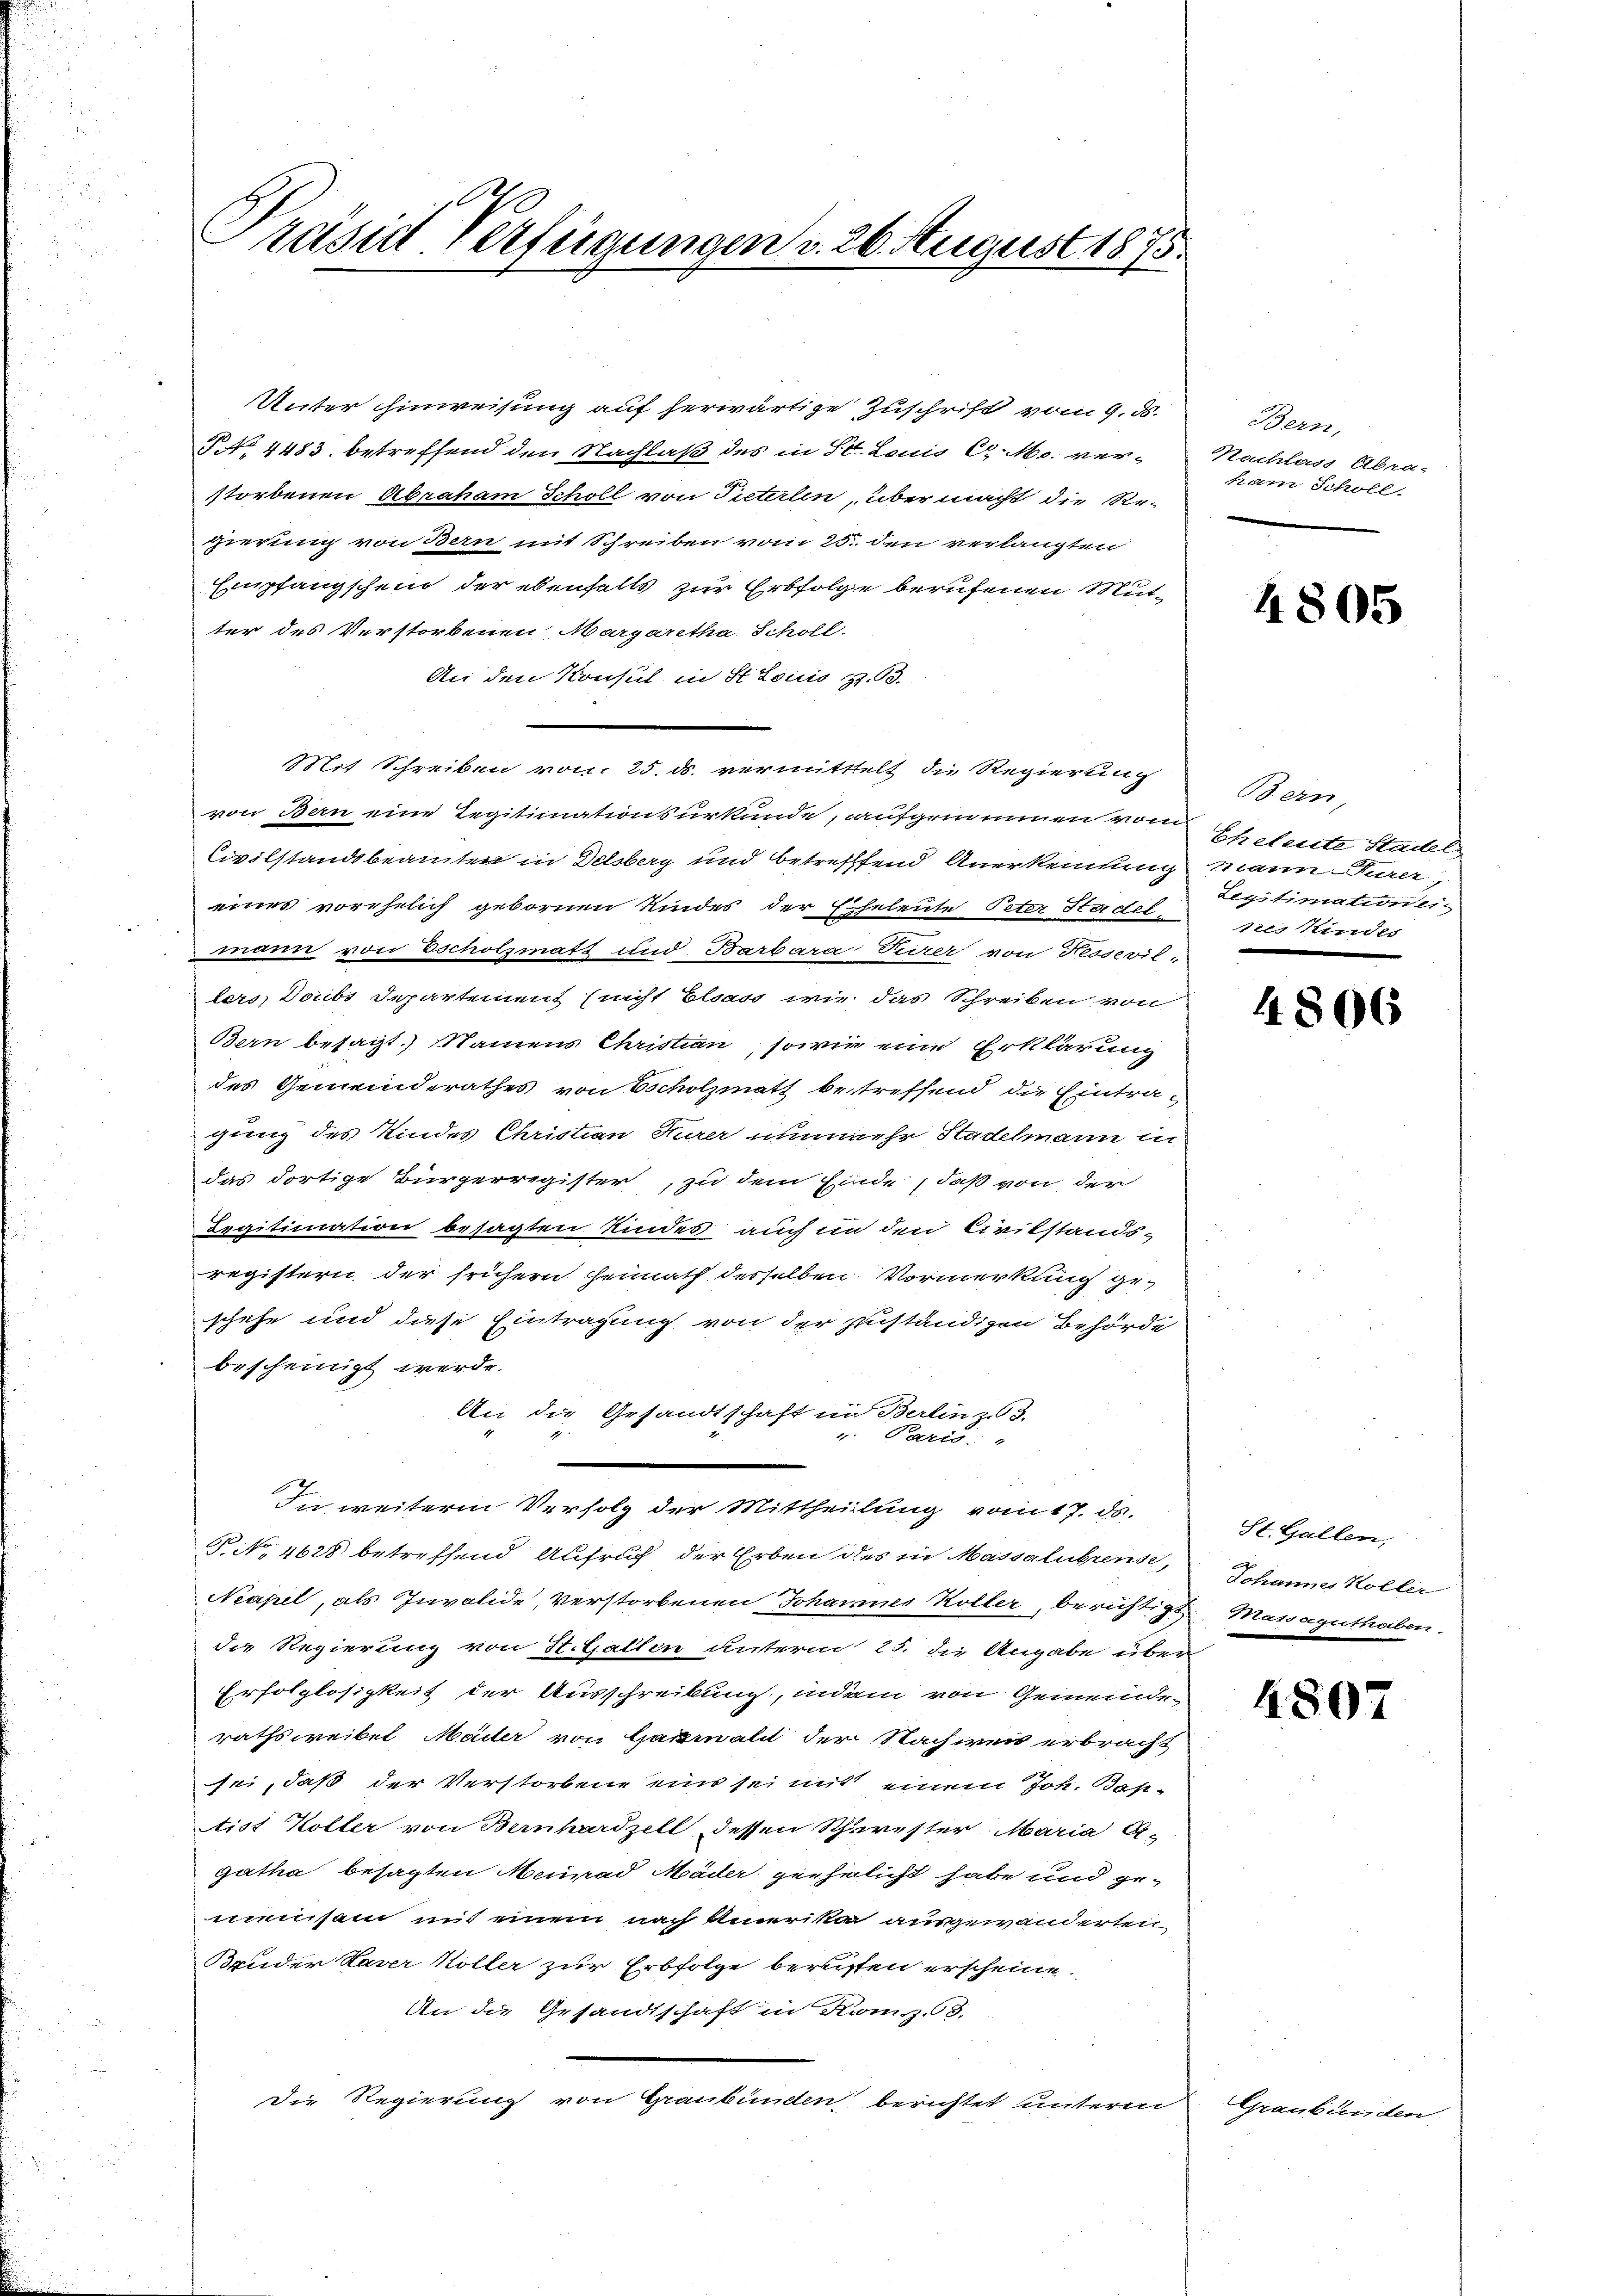
Präsid Verfügungen v. 26. August 1875.

Unter hinweisung auf herwärtige Zuschrift vom 9. ds.
§ No. 4483. betreffend den Nachlaß des in St. Louis C. c. verstorbenen Abraham Scholl von Pieterten, über macht die Re-
gierung von Bern mit Schreiben vom 25. den verlangten
Empfangschein der ebenfalls zur Erbfolge berufenen Mutter des Verstorbenen, Margaretha Scholl.
An den Konsul in St. Louis p. 93.
Mit Schreiben von 25. ds. vermitttelt die Regierung
von Bern eine Regitiinationsurkunde, aufgerinnen vom
Civilstandsbeamten in Delsberg und betreffend Anerkennung mann-Turer
eines vorehelich gebornen Kindes der Eheleute Peter Stadel per Kindes
mann von Escholzmatt und Barbara Turer von Fessevil-
lers, Doubs Departement (nicht Elsass, wie das Schreiben von
Bern besagt.) Namens Christian, sowie eine Erklärung
des Gemeinderathes von Scholzmath betreffend die Eintra-
gung des Kindes Christian Kurer nunmehr Stadelmann in
das dortige Bürgerregister, zu dem Einde, daß von der
Legitimation besagten Kindes auch in den Civilstands-
registern der frühern heimath desselben Vormerkung ge-
schehe und diese Eintragung von der zuständigen Behörde
bescheinigt werde.
An die Gesandtschaft im Berlin zu 3.
v. Paris.
In weitere Verfolg der Mittheilung vom 17. ds.
P No. 4628 betreffend Aufruch der Erben des in Massalubrense,
Neapel, als Invalide, verstorbenen Johannes Koller, berichtigt
die Regierung von St. Gallen unterm 25. die Angabe über
Erfolglosigkeit der Ausschreibung, indam von Gemeinde-
raths reibel Mader von Garmalit der Nachweis erbracht
sei, daß der Verstorbene ein sei mit einem Joh. Bastist Koller von Bernhardzell dessen Schurester Maria A-
gatha besagten Meurad Mäder geehelicht habe und gemensam mit einem nach Amerika ausgewänderten
Bruder Haver Koller zur Erbfolge berusten erscheine.
An die Gesandtschaft in Komp. 8.
Die Regierung von Graubünden berichtet unterm

Bern,
Nachlass Abra-
ham Schöll

4805

Bern,
Ehetente Stadel
Legitimationsi-

4806

St. Gallen,
Johannes Koller
Masssegenthoben.

4807

Graubünden,